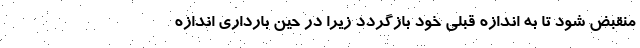
منقبض شود تا به اندازه قبلی خود بازگردد زیرا در حین بارداری اندازه